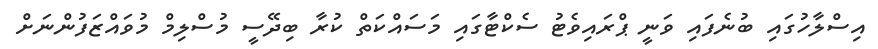
އިސްލާހުގައި ބުނެފައި ވަނީ ޕްރައިވެޓު ސެކްޓާގައި މަސައްކަތް ކުރާ ބިދޭސީ މުސްލިމް މުވައްޒަފުންނަށް